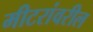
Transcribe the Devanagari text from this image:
मीटरांवरील